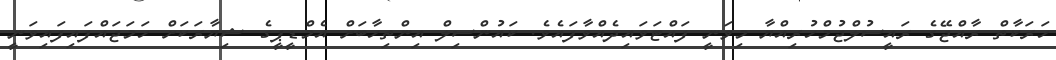
ހަރަކާތް ރާއްޖޭގެ ރައީސުލްޖުމްހުރިއްޔާ މިވަނީ ފައްޓަވައިދެއްވާފައެވެ. ކައުންސިލް އިންތިހާބަށް އެމްޑީޕީގެ ޝިޔާރަކަށް ހަމަޖައްފައިފައިވަނީ